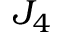
J _ { 4 }